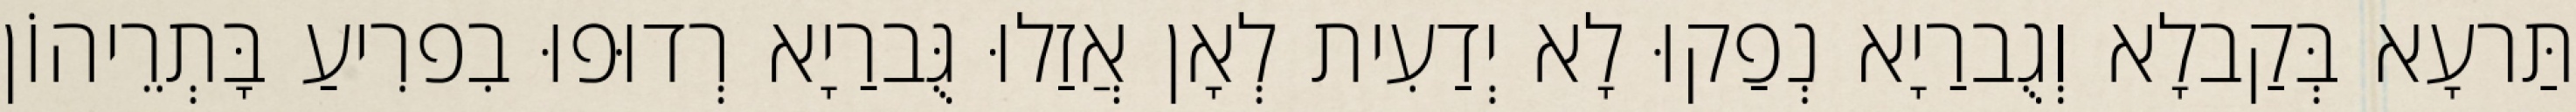
תַּרעָא בְּקַבלָא וְגֻברַיָא נְפַקוּ לָא יְדַעִית לְאָן אֲזַלוּ גֻּברַיָא רְדוּפוּ בִפרִיעַ בָּתְרֵיהוֹן